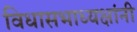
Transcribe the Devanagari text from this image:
विधासभाध्यक्षांनी